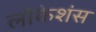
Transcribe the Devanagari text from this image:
लोकेशंस